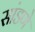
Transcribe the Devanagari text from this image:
सांडणे